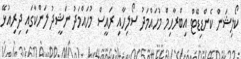
ކޯލިޝަން ކެންޑިޑޭޓް އިބްރާހިމް މުހައްމަދު ސޯލިހާއި ރައީސް މުހައްމަދު ނަޝީދު ލަންކާގައި ދިރިއުޅޭ